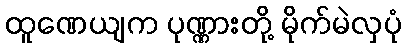
ထူဏေယျက ပုဏ္ဏားတို့ မိုက်မဲလှပုံ